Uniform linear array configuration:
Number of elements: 12
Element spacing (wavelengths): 0.5
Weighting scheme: cosine
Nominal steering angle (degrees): -60
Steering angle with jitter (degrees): -60.192
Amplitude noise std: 0.05
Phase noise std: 0.05

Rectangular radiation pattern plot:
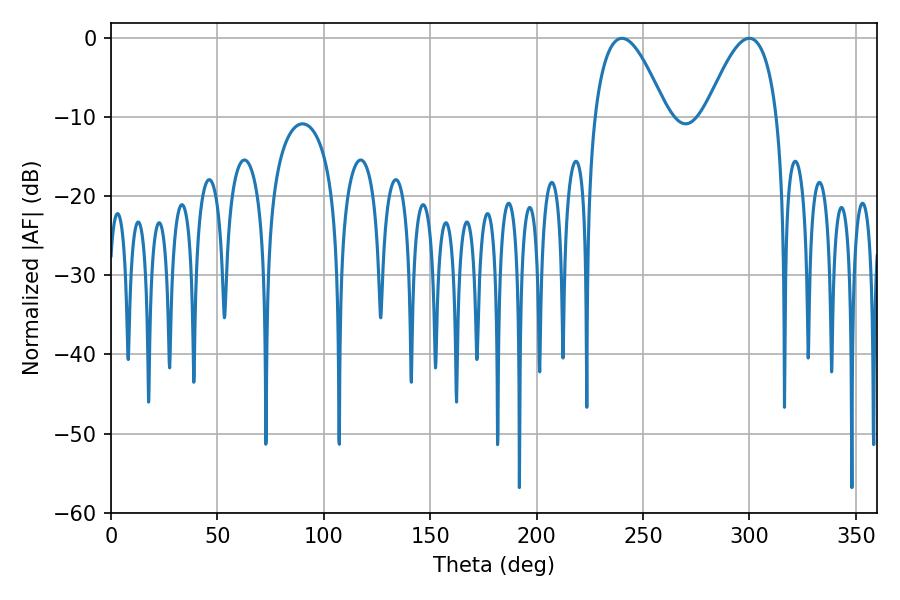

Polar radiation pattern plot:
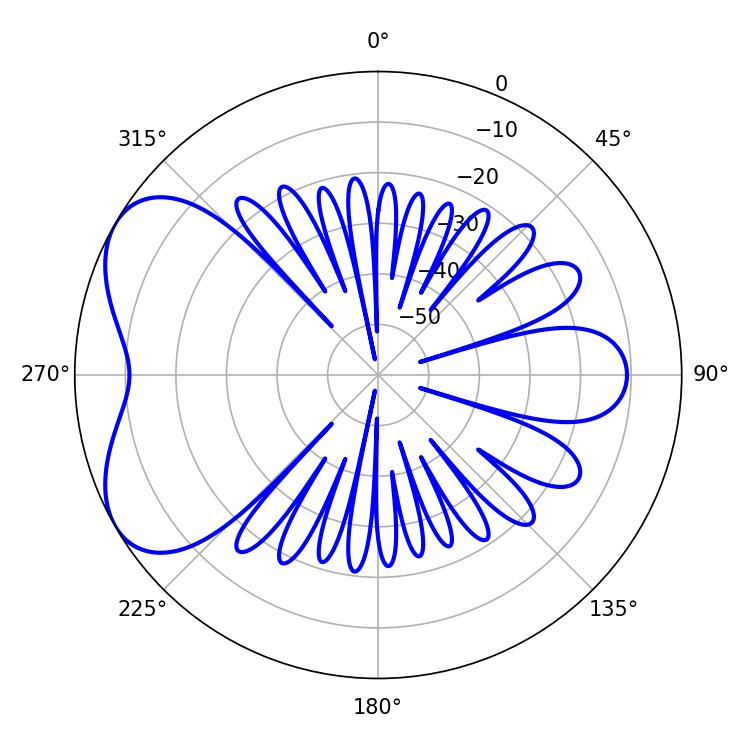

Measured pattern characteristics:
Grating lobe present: FALSE
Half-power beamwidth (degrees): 18.36
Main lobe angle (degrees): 240.12